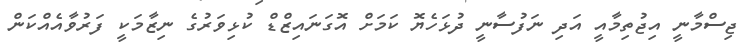
ޖިސްމާނީ އިޖުތިމާއީ އަދި ނަފުސާނީ ދުޅަހެޔޮ ކަމަށް އޮގަނައިޒްޑް ކުޅިވަރުގެ ނިޒާމަކީ ފަރުވާއެއްކަން